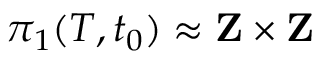
\pi _ { 1 } ( T , t _ { 0 } ) \approx \mathbf { Z } \times \mathbf { Z }